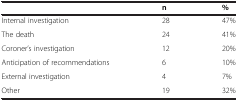
|  | n | % |
 | --- | --- | --- |
 | Internal investigation | 28 | 47% |
 | The death | 24 | 41% |
 | Coroner’s investigation | 12 | 20% |
 | Anticipation of recommendations | 6 | 10% |
 | External investigation | 4 | 7% |
 | Other | 19 | 32% |